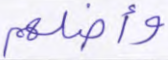
وأضلهم